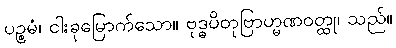
ပဉ္စမံ၊ ငါးခုမြောက်သော။ ဗုဒ္ဓပိတုဗြာဟ္မဏဝတ္ထု၊ သည်။